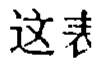
这表